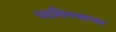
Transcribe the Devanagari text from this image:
पटविण्याचा